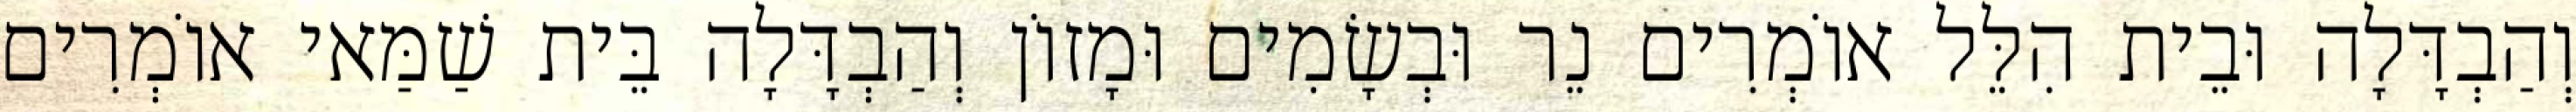
וְהַבְדָּלָה וּבֵית הִלֵּל אוֹמְרִים נֵר וּבְשָׂמִים וּמָזוֹן וְהַבְדָּלָה בֵּית שַׁמַּאי אוֹמְרִים